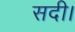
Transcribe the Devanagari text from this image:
सदी।